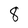
Character: 8